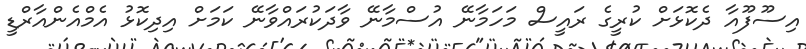
އިސޫފޫއާ ދެކޮޅަށް ކުރީގެ ރައީސް މަހަމާނޭ އުސްމާނޭ ވާދަކުރައްވާނޭ ކަމަށް އިދިކޮޅު އެމްއެންއާރްޑީ